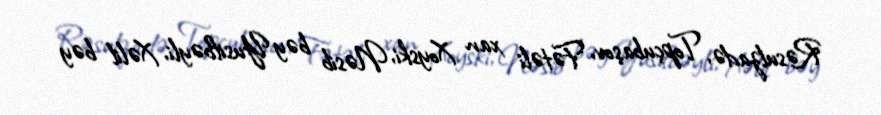
Rəsulzadə, Topçubaşov, Fətəli xan Xoyski, Nəsib bəy Yusifbəyli, Xəlil bəy